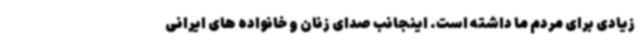
زیادی برای مردم ما داشته است. اینجانب صدای زنان و خانواده های ایرانی